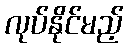
လုပ်နိုင်မည့်